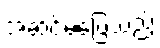
အဆင်မပြေသည့်